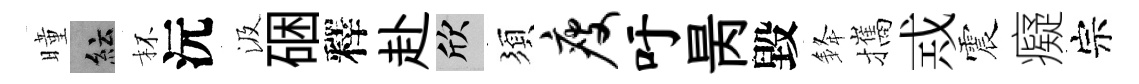
曈紜杯沅汲硱釋赴欣須瘦吁昺毀𨦟攜𢦶震癡宗